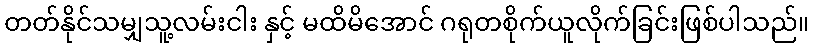
တတ်နိုင်သမျှသူ့လမ်းငါး နှင့် မထိမိအောင် ဂရုတစိုက်ယူလိုက်ခြင်းဖြစ်ပါသည်။